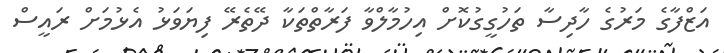
އަޒްފާގެ މަރުގެ ހާދިސާ ތަހުގީގުކޮށް އިހުމާލްވާ ފަރާތްތަކާ ދޭތެރޭ ފިޔަވަޅު އެޅުމަށް ރައީސް